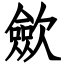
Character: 歛